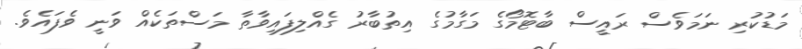
މަޑުކުރި ނަމަވެސް ރައީސް ބާޓޮމޯގެ މަގާމުގެ އިތުބާރު ގެއްލިފައިވާތާ މަސްތަކެއް ވަނީ ވެފައެވެ.